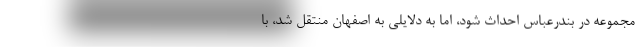
مجموعه در بندرعباس احداث شود، اما به دلایلی به اصفهان منتقل شد، با